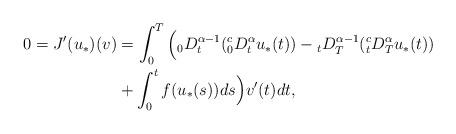
LaTeX: \begin{align*}\begin{aligned} 0 = J'(u_*)(v) &=\int_0^T \Big({}_0 D_t^{\alpha-1}({}_0^cD_t^{\alpha} u_*(t)) - {}_t D_T^{\alpha-1}({}_t^c D_T^{\alpha} u_*(t)) \\&+ \int_0^t f(u_*(s))ds\Big) v'(t) dt, \end{aligned} \end{align*}